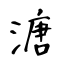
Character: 溏